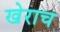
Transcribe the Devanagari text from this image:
खेराच